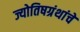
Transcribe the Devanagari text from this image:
ज्योतिषग्रंथांचे